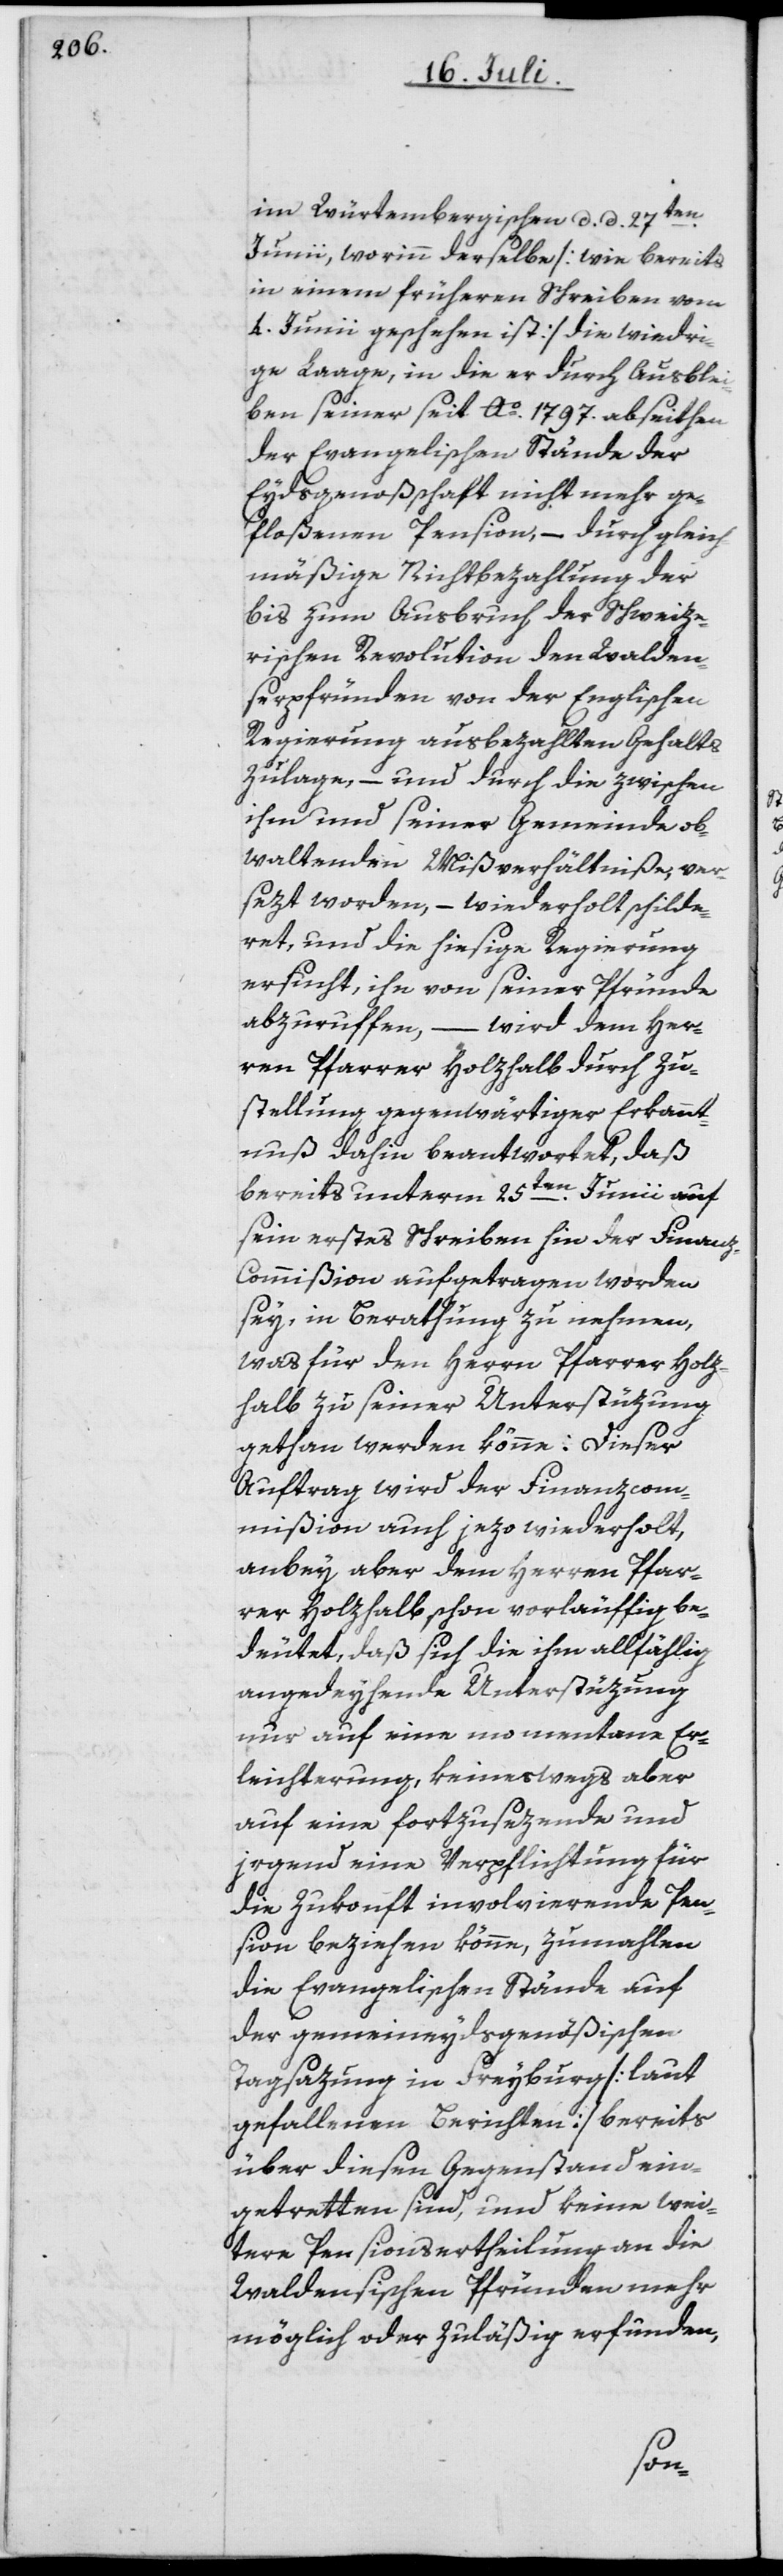
im Würtembergischen d. d. 27ten
Junii, worinn derselbe [wie bereits
in einem früheren Schreiben vom
4. Junii geschehen ist] die wiedri¬
ge Laage, in die er durch Ausblei¬
ben seiner seit Ao. 1797. abseithen
der Evangelischen Stände der
Eydsgenoßschaft nicht mehr ge¬
floßenen Pension,– durch gleich¬
mäßige Nichtbezahlung der
bis zum Ausbruch der Schweize¬
rischen Revolution den Walden¬
serpfründen von der Englischen
Regierung ausbezahlten Gehalts-Z¬
ulage, – und durch die zwischen
ihm und seiner Gemeinde ob¬
waltenden Mißverhältniße, ver¬
sezt worden, – wiederholt schilde¬
ret, und die hiesige Regierung
ersucht, ihn von seiner Pfründe
abzuruffen, – wird dem Her¬
ren Pfarrer Holzhalb durch Zu¬
stellung gegenwärtiger Erkannt¬
nuß dahin beantwortet, daß
bereits unterm 25ten Junii auf
sein erstes Schreiben hin der Finan¬
z-Commißion aufgetragen worden
sey, in Berathung zu nehmen,
was für den Herrn Pfarrer Holz¬
halb zu seiner Unterstüzung
gethan werden könne: Dieser
Auftrag wird der Finanzcom¬
mißion auch jezo wiederholt,
anbey aber dem Herren Pfar¬
rer Holzhalb schon vorläuffig be¬
deutet, daß sich die ihm allfählig
angedeyhende Unterstüzung
nur auf eine momentane Er¬
leichterung, keineswegs aber
auf eine fortzusezende und
irgend eine Verpflichtung für
die Zukonft involvierende Pen¬
sion beziehen könne, zumahlen
die Evangelischen Stände auf
der gemeineydsgenößischen
Tagsazung in Freyburg [laut
gefallenen Berichten] bereits
über diesen Gegenstand ein¬
getretten sind, und keine wei¬
tere Pensionsertheilung an die
Waldensischen Pfründen mehr
möglich oder zuläßig erfunden,